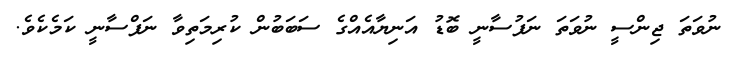
ނުވަތަ ޖިންސީ ނުވަތަ ނަފުސާނީ ބޮޑު އަނިޔާއެއްގެ ސަބަބުން ކުރިމަތިވާ ނަފްސާނީ ކަމެކެވެ.